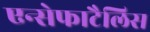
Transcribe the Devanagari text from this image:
एन्सेफाटैलिस